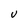
Character: V